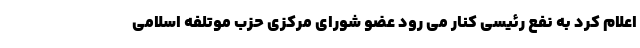
اعلام کرد به نفع رئیسی کنار می رود عضو شورای مرکزی حزب موتلفه اسلامی